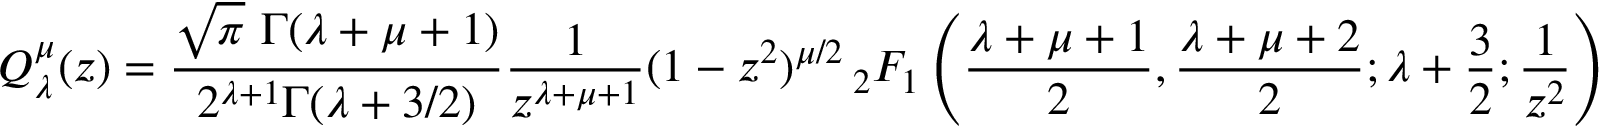
Q _ { \lambda } ^ { \mu } ( z ) = { \frac { { \sqrt { \pi } } \ \Gamma ( \lambda + \mu + 1 ) } { 2 ^ { \lambda + 1 } \Gamma ( \lambda + 3 / 2 ) } } { \frac { 1 } { z ^ { \lambda + \mu + 1 } } } ( 1 - z ^ { 2 } ) ^ { \mu / 2 } \, _ { 2 } F _ { 1 } \left( { \frac { \lambda + \mu + 1 } { 2 } } , { \frac { \lambda + \mu + 2 } { 2 } } ; \lambda + { \frac { 3 } { 2 } } ; { \frac { 1 } { z ^ { 2 } } } \right)